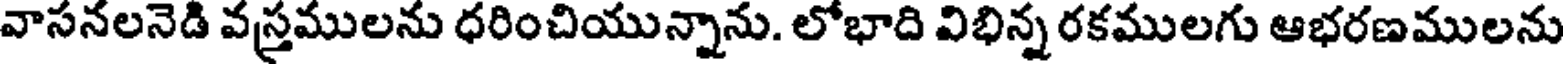
వాసనలనెడి వస్త్రములను ధరించియున్నాను. లోభాది విభిన్న రకములగు ఆభరణములను